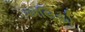
અલિએ